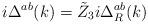
LaTeX: \begin{align*}i\Delta ^{ab}(k)=\tilde Z_3i\Delta _R^{ab}(k)\end{align*}